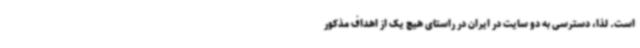
است. لذا، دسترسی به دو سایت در ایران در راستای هیچ یک از اهداف مذکور